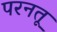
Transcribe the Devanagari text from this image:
परनतू